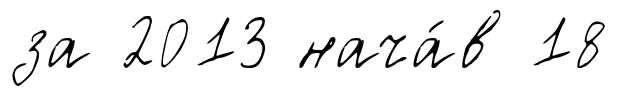
за 2013 нача́в 18